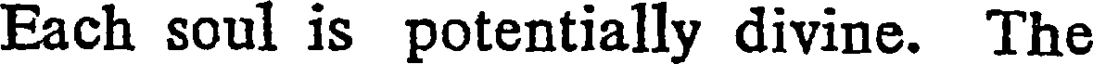
Each soul is potentially divine. The